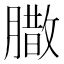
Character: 𮌼